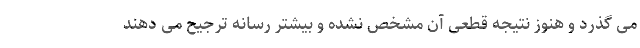
می گذرد و هنوز نتیجه قطعی آن مشخص نشده و بیشتر رسانه ترجیح می دهند